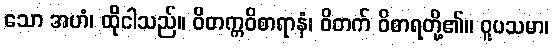
သော အဟံ၊ ထိုငါသည်။ ဝိတက္ကဝိစာရာနံ၊ ဝိတက် ဝိစာရတို့၏။ ဝူပသမာ၊